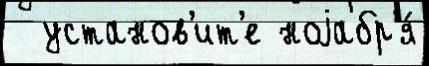
  установ'ит'е ноjабр'я́